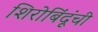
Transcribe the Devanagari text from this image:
शिरोबिंदूंची